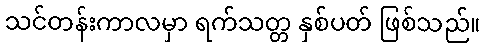
သင်တန်းကာလမှာ ရက်သတ္တ နှစ်ပတ် ဖြစ်သည်။